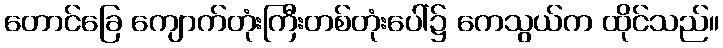
တောင်ခြေ ကျောက်တုံးကြီးတစ်တုံးပေါ်၌ ကေသွယ်က ထိုင်သည်။